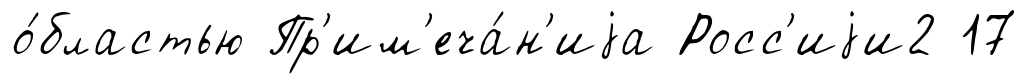
о́бластью Пр'им'еча́н'иjа Росс'иjи2 17